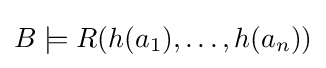
B\models R(h(a_{1}),\ldots ,h(a_{n}))